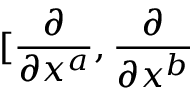
\lbrack \frac { \partial } { \partial x ^ { a } } , \frac { \partial } { \partial x ^ { b } }